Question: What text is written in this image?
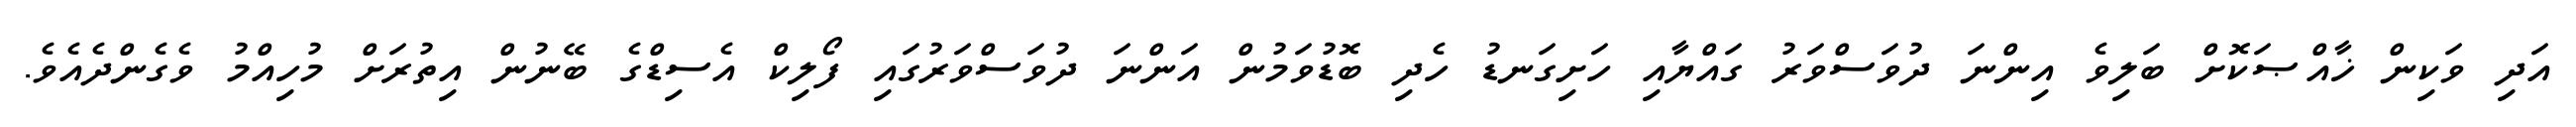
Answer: އަދި ވަކިން ޚާއްޞަކޮށް ބަލިވެ އިންނަ ދުވަސްވަރު ގައްޔާއި ހަށިގަނޑު ހެދި ބޮޑުވަމުން އަންނަ ދުވަސްވަރުގައި ފޯލިކް އެސިޑްގެ ބޭނުން އިތުރަށް މުހިއްމު ވެގެންދެއެވެ.